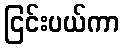
ငြင်းပယ်ကာ